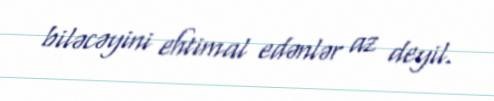
biləcəyini ehtimal edənlər az deyil.